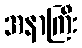
အနာကြီး